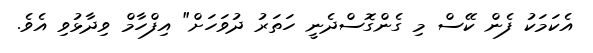
އެކަމަކު ފެން ކޭސް މި ގެންގޮސްދެނީ ހަތަރު ދުވަހަށް" އިފްހާމް ވިދާޅުވި އެވެ.